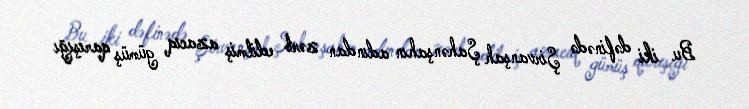
Bu iki dəfinədə Şirvanşah Şahənşahın adından zərb edilmiş azacıq gümüş qarışığı